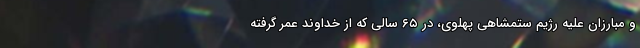
و مبارزان علیه رژیم ستمشاهی پهلوی، در ۶۵ سالی که از خداوند عمر گرفته